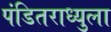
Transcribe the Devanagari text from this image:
पंडितराध्युला